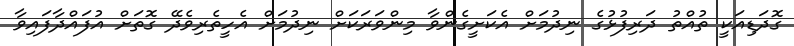
ގޮދަޑިއަކީ ތުއްތު ދަރިފުޅުގެ ނިދުމަށް އެކަށީގެންވާ މިންވަރަކަށް ނިދުމަށް އެހީތެރިވެދޭ ގޮތަށް އުފައްދާފައިވާ